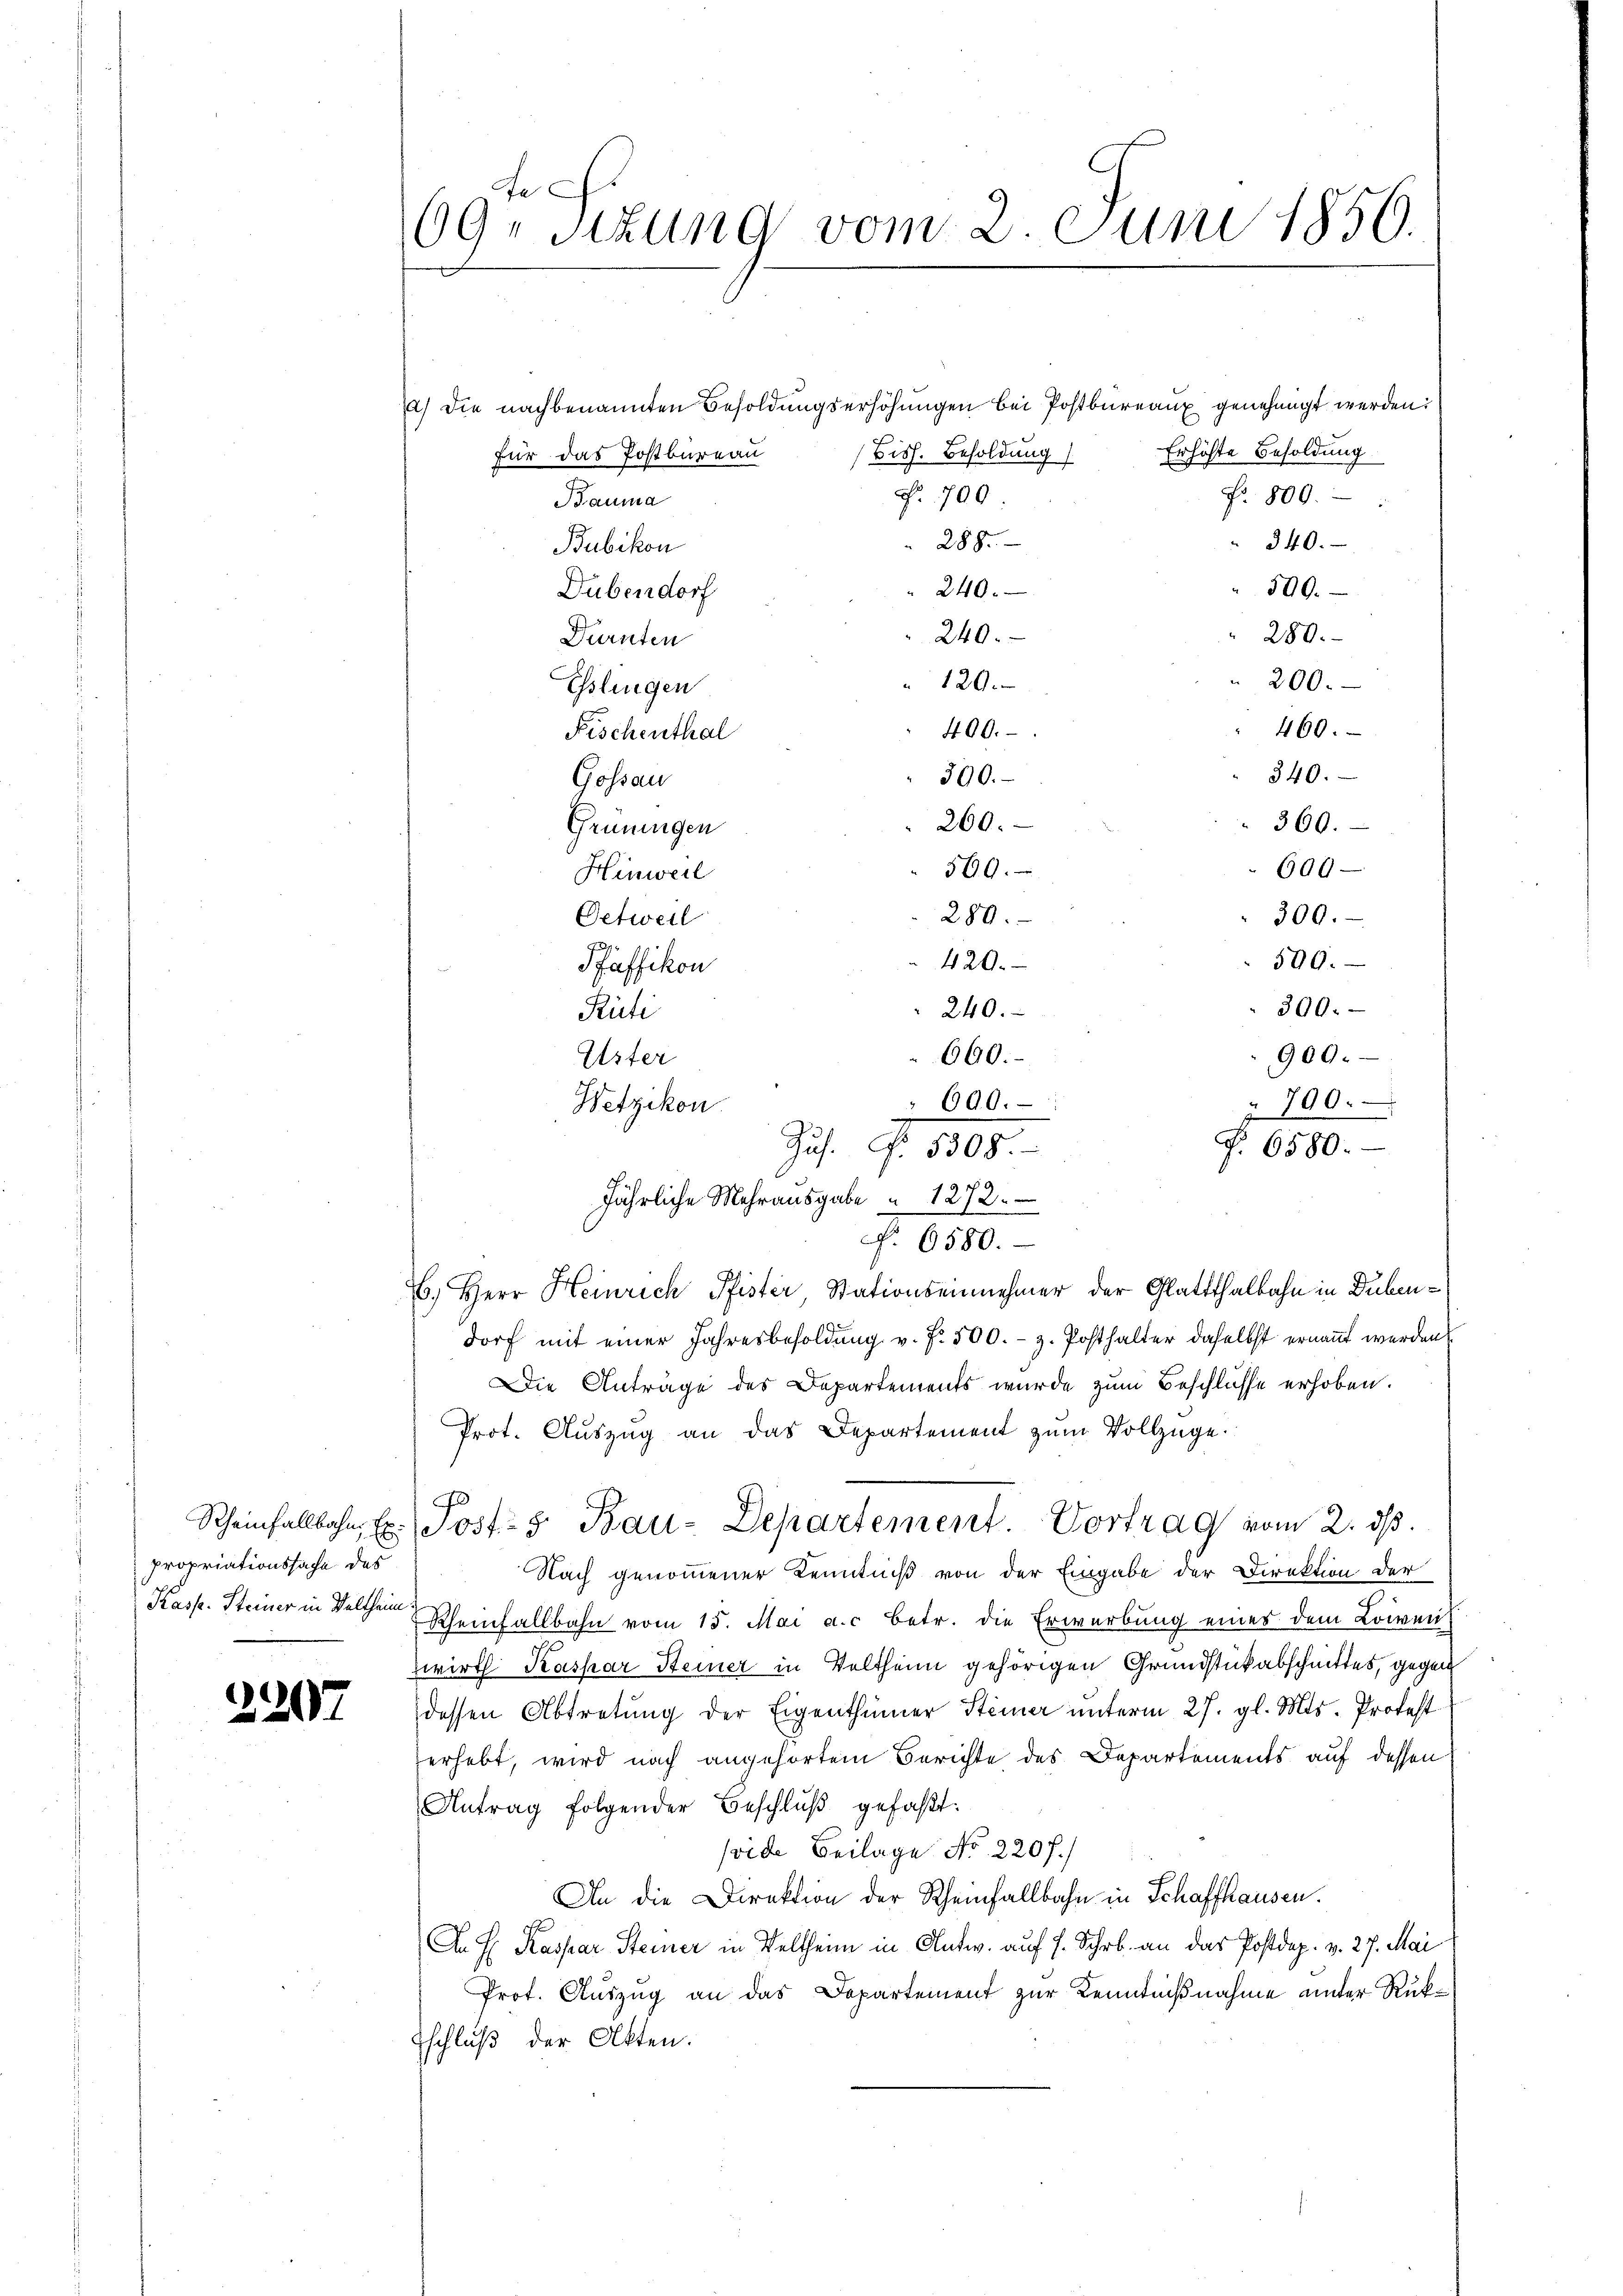
propriationssache des
Kasp. Steiner in Veltheim

2207

fe
69 sizung vom 2. Juni 1856.

a) Die nachbenannten Besoldungserhöhungen bei Postbureaux genehmigt werden:
Erhöhte Besoldung
Biss. Besoldung
für das Postbureau
F. 700
Nr. 800.
Bauma
288.
" 340.
Bubikon
300.
240.
Dübendorf
 280.
240.
Dürnten
200.
120.
Eslingen
460.
400.
Fischenthal
 840.
300.
Gossau
260.
 360.
Grüningen
600
560.
Hinweil
280.
300.
Oetweil
729.
590.
420.
Pfaffikon
300.
Rüti
909.
600.
Uster
Wetzikon.
6.) Herr Heinrich Pfister Stationseinnehmer der Glattthalbahn in Dübendorf mit einer Jahresbesoldung v. Fr. 500.- z. Posthalter daselbst ernannt werden
Die Anträge des Departements wurde zum Beschlüsse erhoben.
Prot. Aŭszŭg an das Departement zŭm Vollzüge.
70
Scheinfallbahn, Ex. Post- 5. Bau-Departement. Vortrag vom 2. ds.
Nach genommener Kenntniß von der Eingabe der Direktion der
Rheinfallbahn vom 15. Mai a.c. betr. die Erwerbung eines dem Lowen
zwirth Kaspar Steiner in Veltheim gehörigen Grundstickabschnittes, gegen
dessen Abtretung der Eigenthümer Steiner unterm 27. gl. Mts. Protest
erhebt, wird nach angehörtem Berichte des Departements auf dessen
Antrag folgender Beschlŭβ gefaßt:
oide Beilage No 220 f.)
An die Direktion der Rheinfallbahn in Schaffhausen.
An H. Kaspar Steiner in Veltheim in Antw. auf 7. Schrb. an das Postdep. v. 27. Mai
Prot. Auszug an das Departement zur Kenntnißnahme unter Rük¬
Eschluß der Akten.

240.

Zus. No. 5308.
Jährliche Mehrausgabe " 1272.

000.

Nr. 6580.

790.
P. 6580.